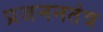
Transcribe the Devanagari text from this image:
प्रजननतंत्र